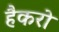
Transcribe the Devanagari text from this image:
हैकरो